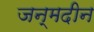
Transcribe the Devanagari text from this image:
जन्मदीन